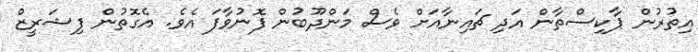
އިތުރުން ޕާކިސްތާން އަދި ޗައިނާއަށް ވެސް މަންދޫބުން ފޮނުވާފަ އެވެ. އެގޮތުން ފިޝަރީޒް